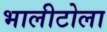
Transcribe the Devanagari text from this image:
भालीटोला